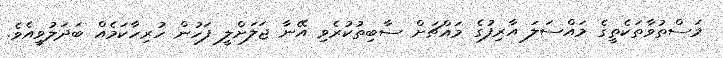
މަސްތުވާތަކެތީގެ މައްސަލަ އާރިފުގެ މައްޗަށް ސާބިތުކުރެވި އޭނާ ޖަލަށްލީ ފަހުން ހުރިހާކަމެއް ބަދަލުވީއެވެ.